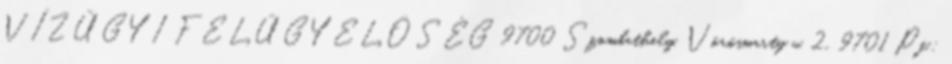
VÍZÜGYI FELÜGYELŐSÉG 9700 Szombathely, Vörösmarty u. 2., 9701 Pf.: